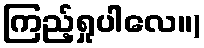
ကြည့်ရှုပါလေ။)